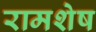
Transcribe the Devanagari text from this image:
रामशेष